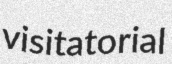
visitatorial